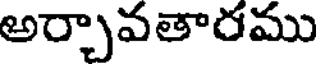
అర్చావతారము